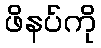
ဖိနပ်ကို